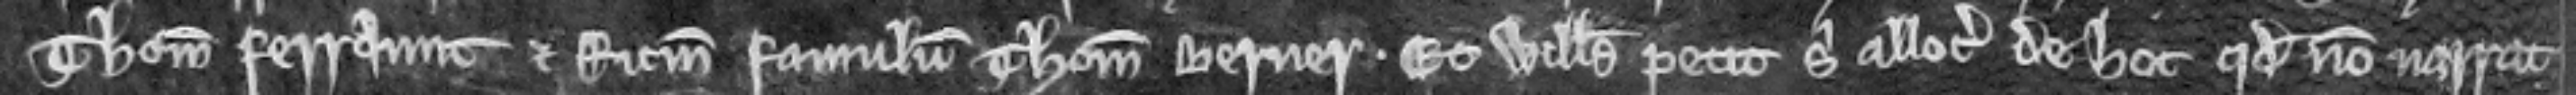
Thomam Ferraunt et Ricardum famulum Thome Berner. Et Willelmus petit sibi allocari de hoc quod non narrat